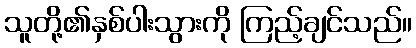
သူတို့၏နှစ်ပါးသွားကို ကြည့်ချင်သည်။